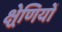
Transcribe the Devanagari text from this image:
क्ष्रेणियों